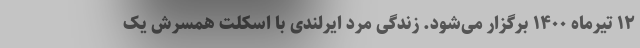
۱۲ تیرماه ۱۴۰۰ برگزار می‌شود. زندگی مرد ایرلندی با اسکلت همسرش یک